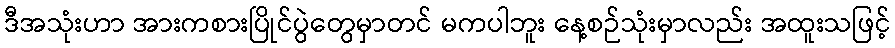
ဒီအသုံးဟာ အားကစားပြိုင်ပွဲတွေမှာတင် မကပါဘူး နေ့စဉ်သုံးမှာလည်း အထူးသဖြင့်